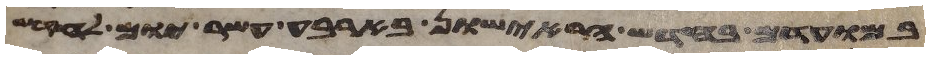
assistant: במועדם בחדש הראישון בארבעה עשר יום לחדש